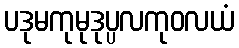
ပဒုမကုမုဒုပ္ပလကုဝလယံ